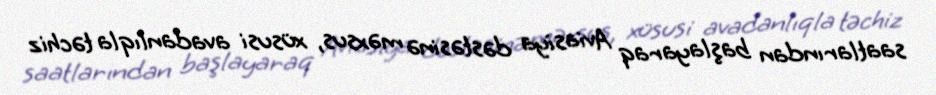
saatlarından başlayaraq Aviasiya dəstəsinə məxsus, xüsusi avadanlıqla təchiz